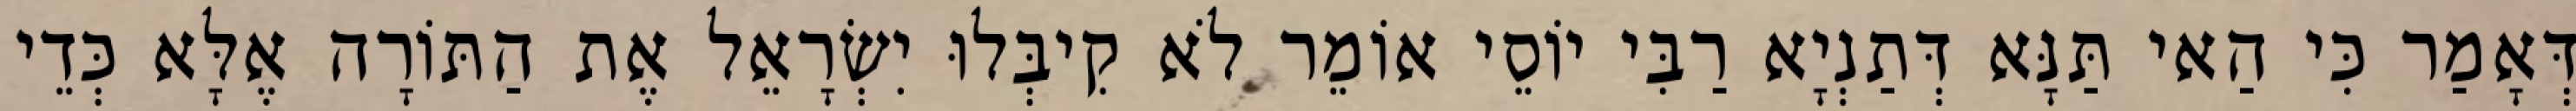
דְּאָמַר כִּי הַאי תַּנָּא דְּתַנְיָא רַבִּי יוֹסֵי אוֹמֵר לֹא קִיבְּלוּ יִשְׂרָאֵל אֶת הַתּוֹרָה אֶלָּא כְּדֵי